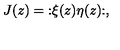
J ( z ) = \mathopen : \xi ( z ) \eta ( z ) \mathclose : ,